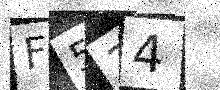
Text: F534